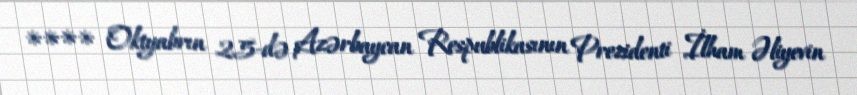
**** Oktyabrın 25-də Azərbaycan Respublikasının Prezidenti İlham Əliyevin